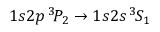
1 s 2 p \, ^ { 3 \! } P _ { 2 } \rightarrow 1 s 2 s \, ^ { 3 \! } S _ { 1 }